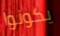
يكونوا